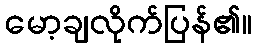
မော့ချလိုက်ပြန်၏။